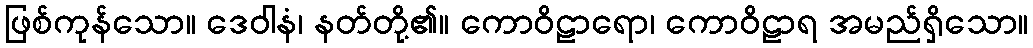
ဖြစ်ကုန်သော။ ဒေဝါနံ၊ နတ်တို့၏။ ကောဝိဠာရော၊ ကောဝိဠာရ အမည်ရှိသော။